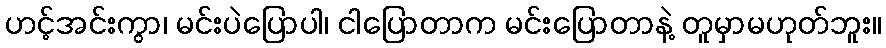
ဟင့်အင်းကွာ၊ မင်းပဲပြောပါ၊ ငါပြောတာက မင်းပြောတာနဲ့ တူမှာမဟုတ်ဘူး။